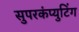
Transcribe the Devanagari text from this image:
सुपरकंप्युटिंग